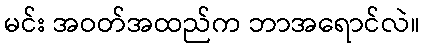
မင်း အဝတ်အထည်က ဘာအရောင်လဲ။